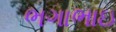
ભગાભાઇ